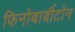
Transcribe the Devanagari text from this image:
फिनोबार्बीटोन